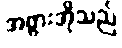
အဖွားအိုသည်